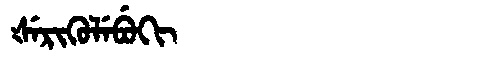
Manchu: ᡧᡝᡵᡳᡴᡠᠯᡝᠪᡠᡴᡳ
Romanization: ŠERIKULEBUKI